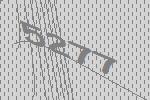
5277